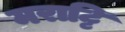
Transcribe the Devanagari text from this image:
मराट्टि